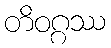
တိဝဂ္ဂဿ